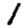
Digit: 1